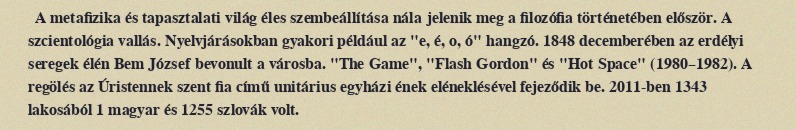
A metafizika és tapasztalati világ éles szembeállítása nála jelenik meg a filozófia történetében először. A szcientológia vallás. Nyelvjárásokban gyakori például az "e, é, o, ó" hangzó. 1848 decemberében az erdélyi seregek élén Bem József bevonult a városba. "The Game", "Flash Gordon" és "Hot Space" (1980–1982). A regölés az Úristennek szent fia című unitárius egyházi ének eléneklésével fejeződik be. 2011-ben 1343 lakosából 1 magyar és 1255 szlovák volt.